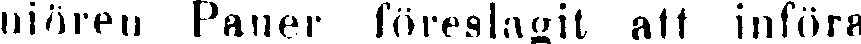
njören Paner föreslagit att införa